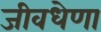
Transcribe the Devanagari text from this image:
जीवधेणा